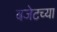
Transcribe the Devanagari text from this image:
बजेटच्या